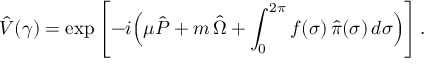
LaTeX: \hat { V } ( \gamma ) = \exp \left[ - i \Bigl ( \mu \hat { P } + m \, \hat { \Omega } + \int _ { 0 } ^ { 2 \pi } f ( \sigma ) \, \hat { \pi } ( \sigma ) \, d \sigma \Bigr ) \right] .